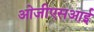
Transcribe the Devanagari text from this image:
ओजीएसआई